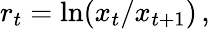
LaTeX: r_{t}=\ln(x_{t}/x_{t+1})\, ,